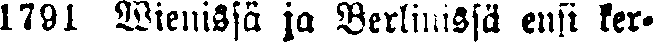
1791 Wienissä ja Berlinissä ensi ker-